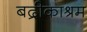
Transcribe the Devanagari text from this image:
बद्रीकाश्रम